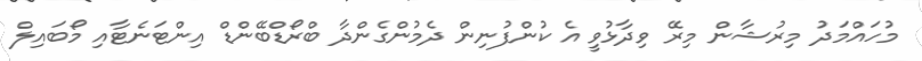
މުހައްމަދު މިރުޝާން މިރޭ ވިދާޅުވީ އެ ކުންފުނިން ދެމުންގެންދާ ބްރޯޑްބޭންޑް އިންޓަނެޓާއި މޯބައިލް